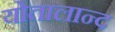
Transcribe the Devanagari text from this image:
योतालान्द